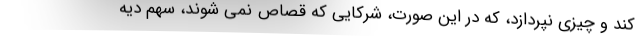
کند و چیزی نپردازد، که در این صورت، شرکایی که قصاص نمی شوند، سهم دیه